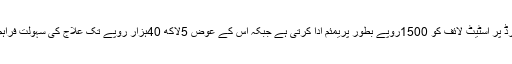
حکومت ہر کارڈ پر اسٹیٹ لائف کو 1500روپے بطور پریمئم ادا کرتی ہے جبکہ اس کے عوض 5لاکھ 40ہزار روپے تک علاج کی سہولت فراہم کی جاتی ہے۔